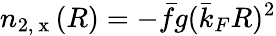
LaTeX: n_{2,\mathrm{~x~}}(R)=-\bar{f}g(\bar{k}_{F}R)^{2}